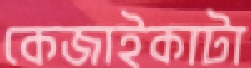
কেজাইকাটা